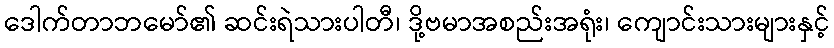
ဒေါက်တာဘမော်၏ ဆင်းရဲသားပါတီ၊ ဒို့ဗမာအစည်းအရုံး၊ ကျောင်းသားများနှင့်